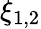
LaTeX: \xi_{1,2}